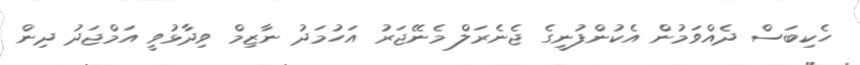
ހެކިބަސް ދެއްވަމުން އެކުންފުނީގެ ޖެނެރަލް މެނޭޖަރު އަހުމަދު ނާޒިމް ވިދާޅުވީ އަމްޖަދު ދިން